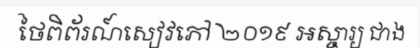
ថៃពិព័រណ៍សៀវភៅ ២០១៩ អស្ចារ្យ ជាង